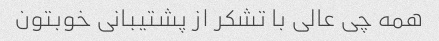
همه چی عالی با تشکر از پشتیبانی خوبتون